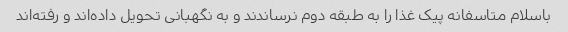
باسلام متاسفانه پیک غذا را به طبقه دوم نرساندند و به نگهبانی تحویل داده‌اند و رفته‌اند